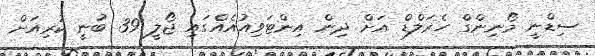
ސިޑްނީ މޯނިންގް ހެރަލްޑް އަށް ދިން އިންޓަވިއުއެއްގައި ޖޯލީ 39 ބުނީ ކުރިއަށް